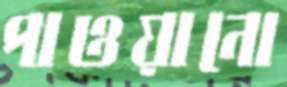
পাওয়ানো